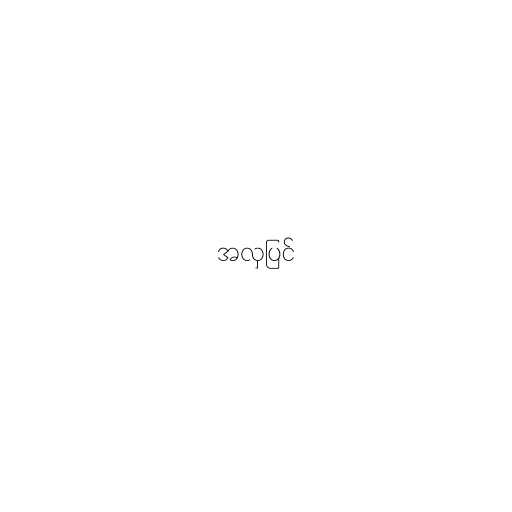
အလှပြင်